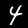
Label: 4